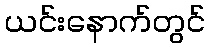
ယင်းနောက်တွင်